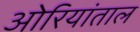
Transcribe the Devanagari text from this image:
ओरियांताल